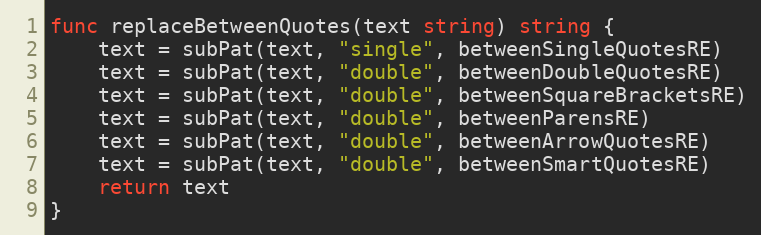
Language: Go
func replaceBetweenQuotes(text string) string {
	text = subPat(text, "single", betweenSingleQuotesRE)
	text = subPat(text, "double", betweenDoubleQuotesRE)
	text = subPat(text, "double", betweenSquareBracketsRE)
	text = subPat(text, "double", betweenParensRE)
	text = subPat(text, "double", betweenArrowQuotesRE)
	text = subPat(text, "double", betweenSmartQuotesRE)
	return text
}